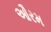
ઔરમ